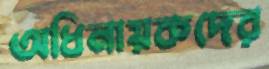
অধিনায়কদের